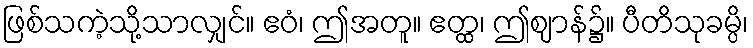
ဖြစ်သကဲ့သို့သာလျှင်။ ဧဝံ၊ ဤအတူ။ ဧတ္ထ၊ ဤဈာန်၌။ ပီတိသုခမ္ပိ၊